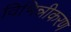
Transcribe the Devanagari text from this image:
विभिन्नीकरण